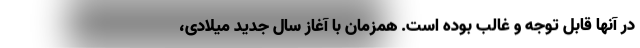
در آنها قابل توجه و غالب بوده است. همزمان با آغاز سال جدید میلادی،